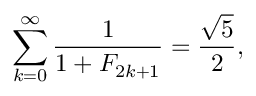
\sum _ { k = 0 } ^ { \infty } { \frac { 1 } { 1 + F _ { 2 k + 1 } } } = { \frac { \sqrt { 5 } } { 2 } } ,